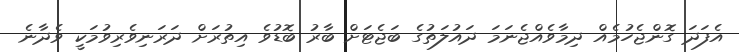
އެފަދަ ގޮންޖެހުމެއް ދިމާވެއްޖެނަމަ ދައުލަތުގެ ބަޖެޓަށް ބާރު ބޮޑުވެ އިތުރަށް ދަރަނިވެރިވުމަކީ ވެދާނެ